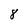
Character: 8